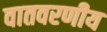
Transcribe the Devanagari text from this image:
वातवरणीय